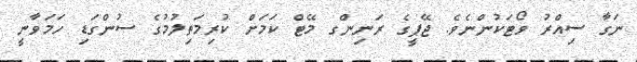
ނަގާ ސިއްރު ވޯޓަކުންނެވެ. ޖޭޕީގެ ރަނިންގ މޭޓް ކަމަށް ކުރިމަތިލުމުގެ ސުންގަޑި ހަމަވާނީ